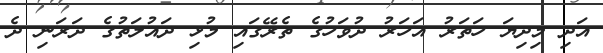
އަދި މިދިޔަ ހަތަރު އަހަރު ދުވަހުގެ ތެރޭގައި މުޅި ދައުލަތުގެ ދަރަނި ދެ